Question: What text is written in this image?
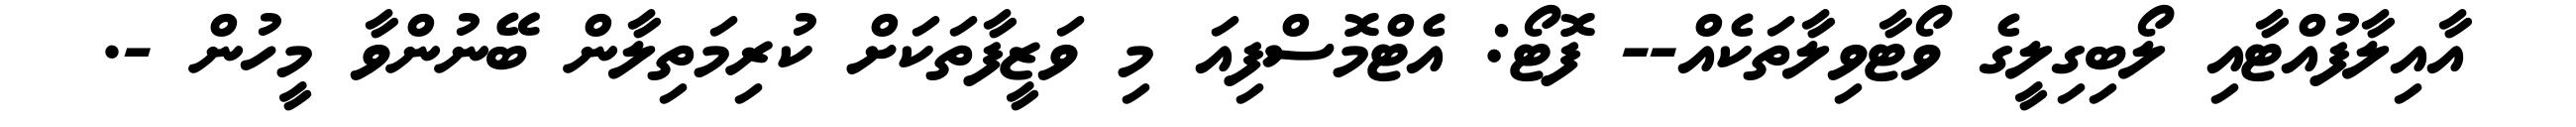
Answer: އާއިލާފުއްޓާއި ލޯބިގިލީގެ ވޯޓާވިލާތަކެއް-- ފޮޓޯ: އެޓްމޮސްފިއަ މި ވަޒީފާތަކަށް ކުރިމަތިލާން ބޭނުންވާ މީހުން -.